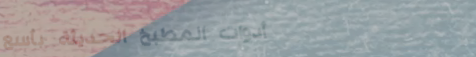
أدوات المطبخ الحديثة بأسع